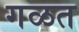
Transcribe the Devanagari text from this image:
गळत